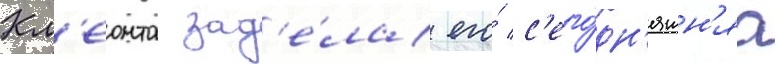
Кл'еонта зад'е́ла его́ с'его́дн'яшн'яа